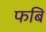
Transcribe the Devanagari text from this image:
फबि